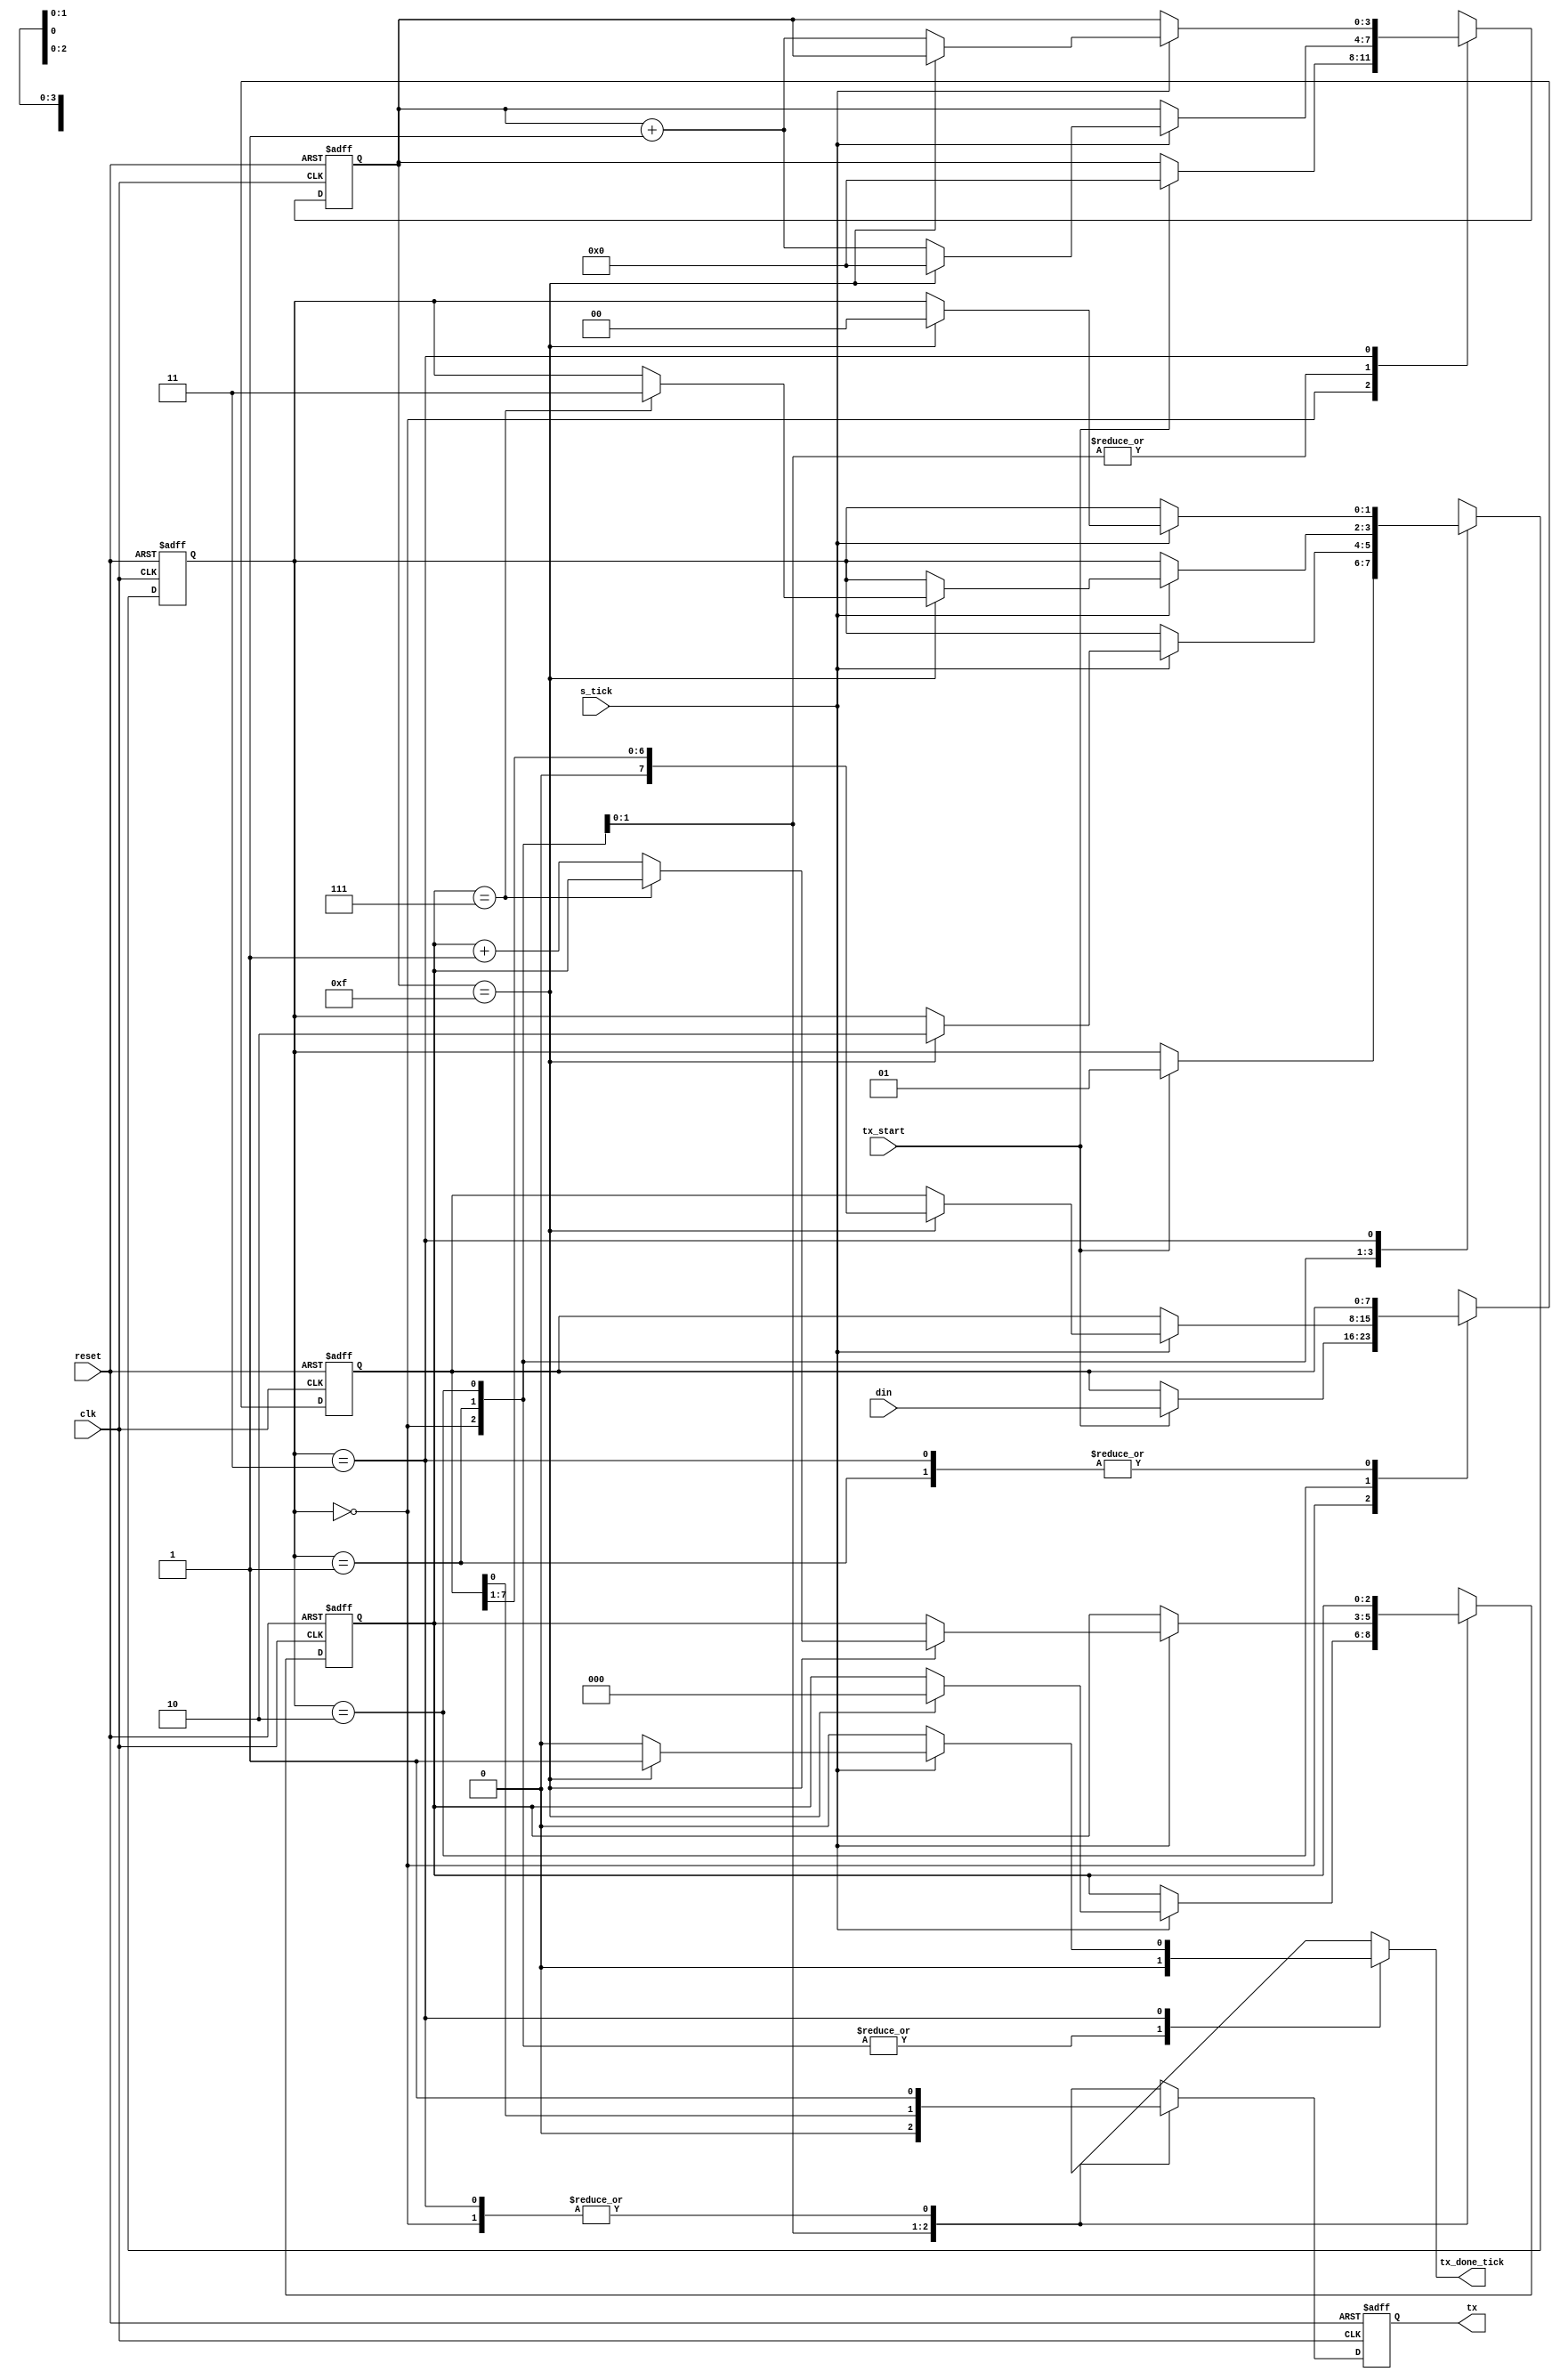
`timescale 1ns / 1ps
//////////////////////////////////////////////////////////////////////////////////
// Company: 
// Engineer: 
// 
// Design Name: 
// Module Name:    uart_tx 
// Project Name: 
// Target Devices: 
// Tool versions: 
// Description: 
//
// Dependencies: 
//
// Revision: 
// Revision 0.01 - File Created
// Additional Comments: 
//
//////////////////////////////////////////////////////////////////////////////////
module uart_tx 

#( 

parameter DBIT = 8, // # data bits 

SB_TICK = 16 // # ticks for   stop bits 

) 

( 

input wire clk, reset, 

input wire tx_start, s_tick, 

input wire [7:0] din, 

output reg tx_done_tick, 

output wire tx 

); 

// synlbolic state declaration 

localparam [1:0] 

idle = 2'b00, 

start = 2'b01, 

data = 2'b10, 

stop = 2'b11; 

// signal declaration 

reg [1: 0] state_reg, state_next;

reg [3:0] s_reg, s_next; 

reg [2:0] n_reg, n_next; 

reg [7:0] b_reg, b_next; 

reg tx_reg, tx_next; 

// body 

// FSMD state & data registers 

always @(posedge clk, posedge reset) 

if (reset) 

begin 

state_reg <= idle; 

s_reg <= 0; 

n_reg <= 0; 

b_reg <= 0; 

tx_reg <= 1'b1; 

end 

else 

begin 

state_reg <= state_next; 

s_reg <= s_next;

n_reg <= n_next; 

b_reg <= b_next; 

tx_reg <= tx_next; 

end 

// FSMD next-state logic & functional units 

always @* 

begin 

state_next = state_reg; 

tx_done_tick = 1'b0; 

s_next = s_reg; 

n_next = n_reg; 

b_next = b_reg; 

tx_next = tx_reg; 

case(state_reg) 

idle: 

begin 

tx_next = 1'b1; 

if(tx_start) 

begin 

state_next = start; 

s_next = 0; 

b_next = din; 

end 

end 

start: 

begin 

tx_next=1'b0; 

if(s_tick) 

if(s_reg==15) 

begin 

state_next = data; 

s_next = 0; 

n_next = 0; 

end 

else 

s_next = s_reg+1;

end 

data: 

begin 

tx_next = b_reg[0];

if(s_tick) 

if(s_reg==15) 

begin 

s_next = 0; 

b_next = b_reg >> 1; 

if (n_reg==(DBIT-1)) 

state_next = stop; 

else 

n_next = n_reg + 1; 

end 

else 

s_next = s_reg + 1;

end 

stop: 

begin 

tx_next = 1'b1; 

if(s_tick) 

if(s_reg==(SB_TICK-1)) 

begin 

state_next = idle; 

tx_done_tick = 1'b1; 

end 

else 

s_next = s_reg + 1; 

end 

endcase 

end 

// output 

assign tx = tx_reg; 

endmodule